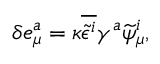
\delta e _ { \mu } ^ { a } = \kappa \overline { { { \widetilde { \epsilon } ^ { i } } } } \gamma ^ { a } \widetilde \psi _ { \mu } ^ { i } ,